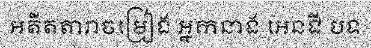
អតីតតារាចម្រៀង អ្នកនាង អេនជី បទ